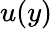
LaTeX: u(y)